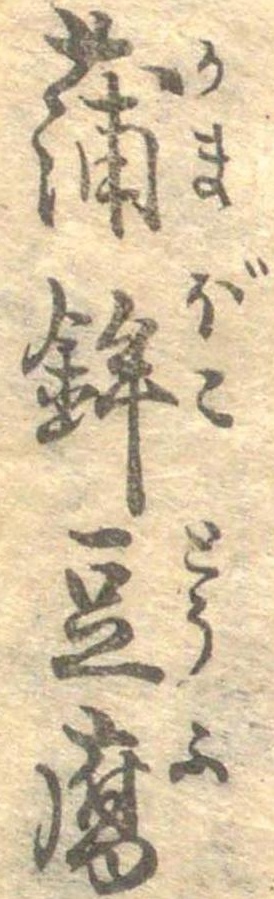
蒲鉾豆腐